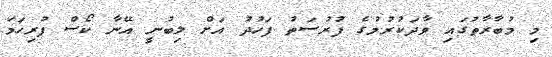
މި މުބާރާތުގައި ވާދަކުރުމުގެ ފުރުސަތު ފަހުދު އަށް ލިބުނީ އޭނާ ކޯސް ފުރިހަމަ